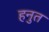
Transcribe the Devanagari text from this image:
हनुत